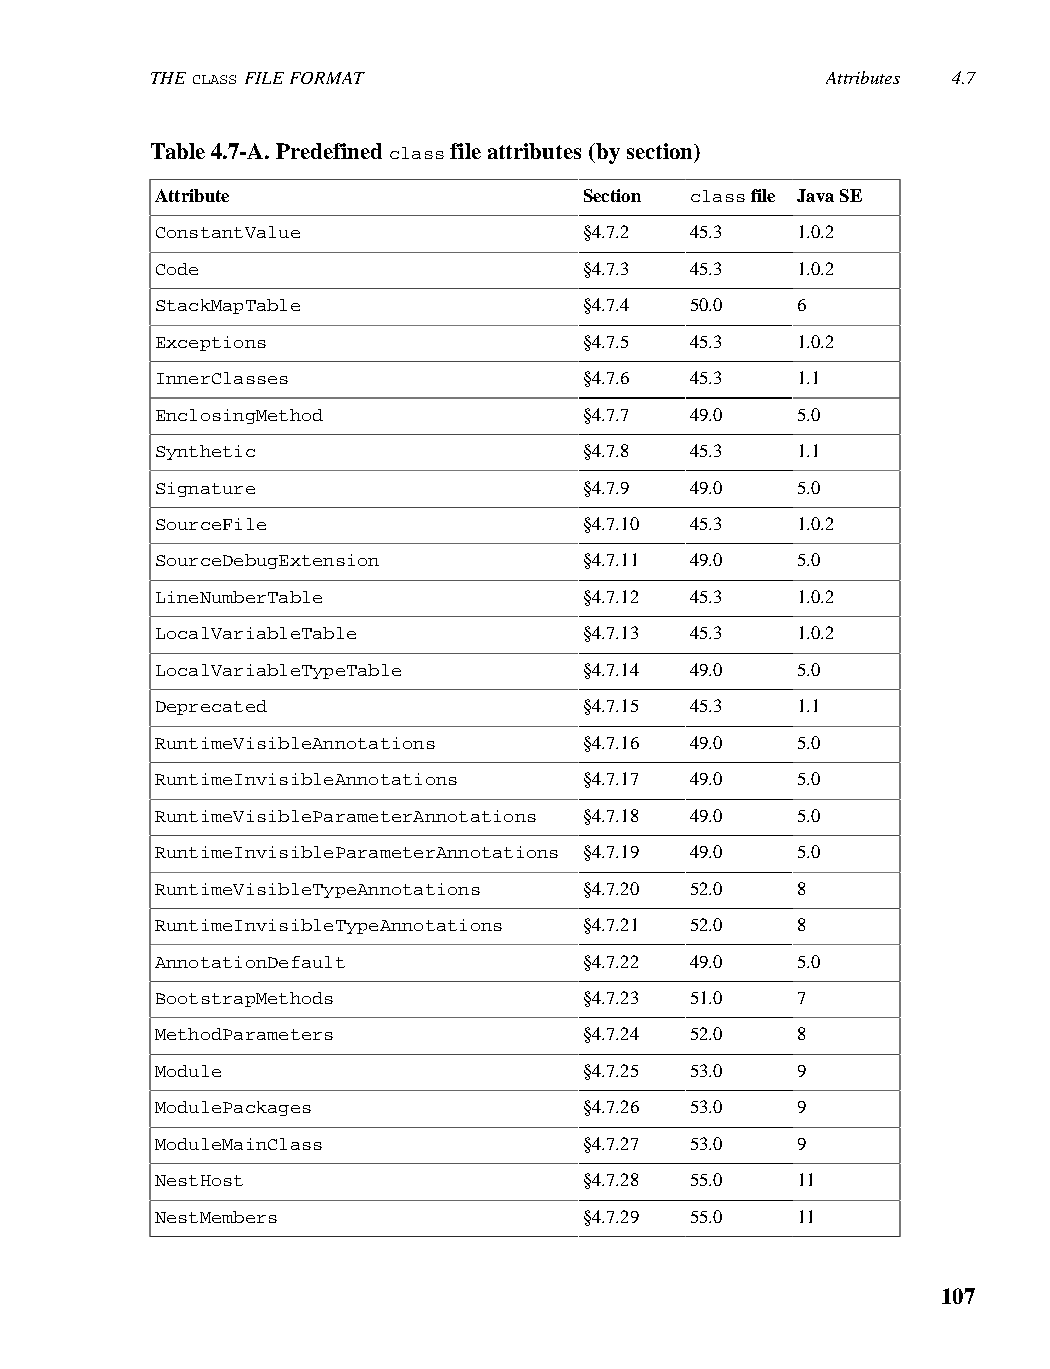
THE CLASS FILE FORMAT                        Attributes 4.7
 Table 4.7-A. Predefined class file attributes (by section)
 Attribute                    Section class file Java SE
 ConstantValue                §4.7.2 45.3   1.0.2
 Code                         §4.7.3 45.3   1.0.2
 StackMapTable                §4.7.4 50.0   6
 Exceptions                   §4.7.5 45.3   1.0.2
 InnerClasses                 §4.7.6 45.3   1.1
 EnclosingMethod              §4.7.7 49.0   5.0
 Synthetic                    §4.7.8 45.3   1.1
 Signature                    §4.7.9 49.0   5.0
 SourceFile                   §4.7.10 45.3  1.0.2
 SourceDebugExtension         §4.7.11 49.0  5.0
 LineNumberTable              §4.7.12 45.3  1.0.2
 LocalVariableTable           §4.7.13 45.3  1.0.2
 LocalVariableTypeTable       §4.7.14 49.0  5.0
 Deprecated                   §4.7.15 45.3  1.1
 RuntimeVisibleAnnotations    §4.7.16 49.0  5.0
 RuntimeInvisibleAnnotations  §4.7.17 49.0  5.0
 RuntimeVisibleParameterAnnotations §4.7.18 49.0 5.0
 RuntimeInvisibleParameterAnnotations §4.7.19 49.0 5.0
 RuntimeVisibleTypeAnnotations §4.7.20 52.0 8
 RuntimeInvisibleTypeAnnotations §4.7.21 52.0 8
 AnnotationDefault            §4.7.22 49.0  5.0
 BootstrapMethods             §4.7.23 51.0  7
 MethodParameters             §4.7.24 52.0  8
 Module                       §4.7.25 53.0  9
 ModulePackages               §4.7.26 53.0  9
 ModuleMainClass              §4.7.27 53.0  9
 NestHost                     §4.7.28 55.0  11
 NestMembers                  §4.7.29 55.0  11
 107